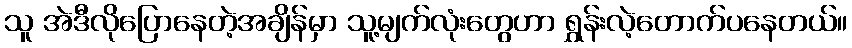
သူ အဲဒီလိုပြောနေတဲ့အချိန်မှာ သူ့မျက်လုံးတွေဟာ ရွှန်းလဲ့တောက်ပနေတယ်။